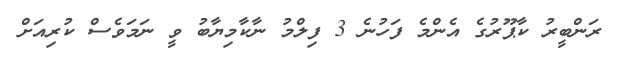
ރަންބީރު ކާޕޫރުގެ އެންމެ ފަހުނެ 3 ފިލްމު ނާކާމިޔާބު ވީ ނަމަވެސް ކުރިއަށް